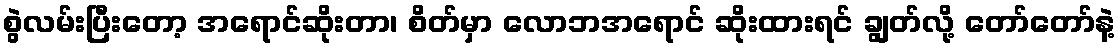
စွဲလမ်းပြီးတော့ အရောင်ဆိုးတာ၊ စိတ်မှာ လောဘအရောင် ဆိုးထားရင် ချွတ်လို့ တော်တော်နဲ့